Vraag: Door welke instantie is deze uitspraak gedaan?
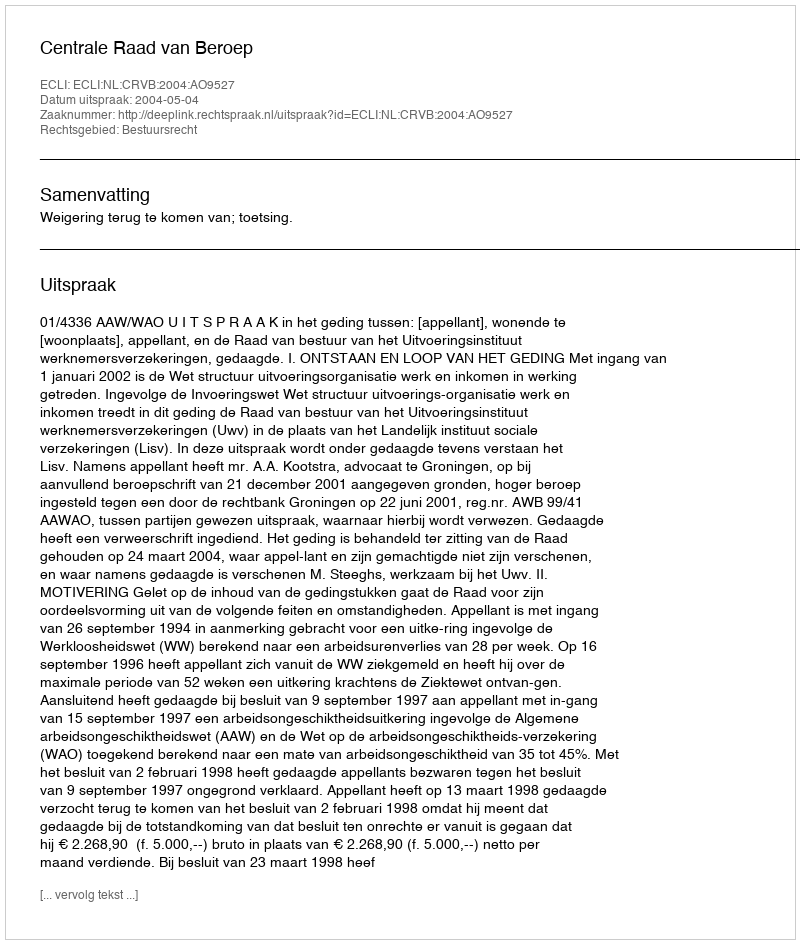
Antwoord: Centrale Raad van Beroep